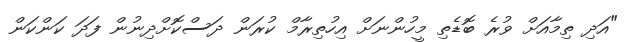
"އަދި ތިމާއަށް ވުރެ ބޮޑެތި މީހުންނަަށް އިހުތިރާމް ކުރަން ދަސްކޮށްދިނުން ފަދަ ކަންކަން